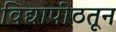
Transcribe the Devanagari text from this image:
विद्यापीठतून